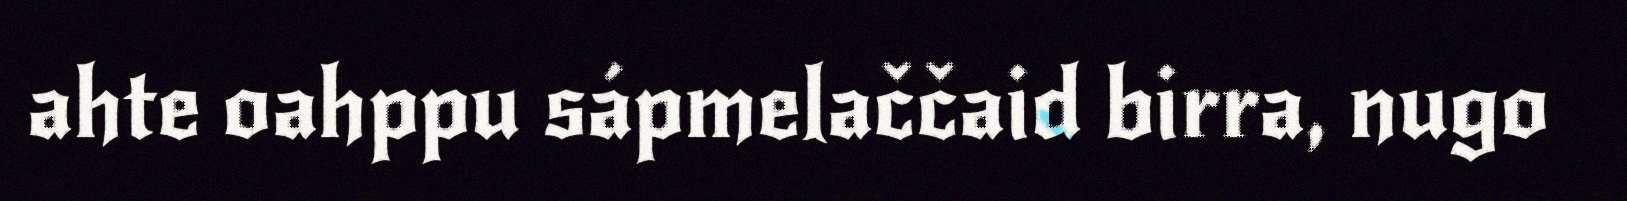
ahte oahppu sápmelaččaid birra, nugo